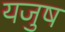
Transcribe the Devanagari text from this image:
यजुष